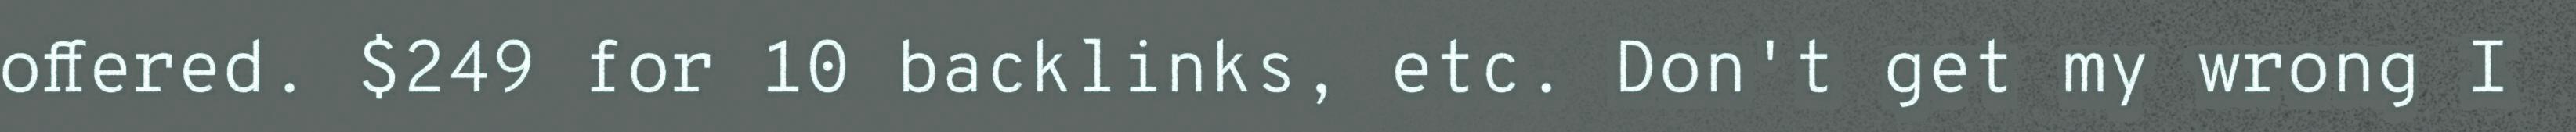
offered. $249 for 10 backlinks, etc. Don't get my wrong I